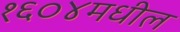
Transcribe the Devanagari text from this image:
१६०४मधील